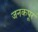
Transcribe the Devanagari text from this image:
जनकपूर